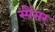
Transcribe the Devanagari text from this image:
स्पैंसर